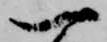
一